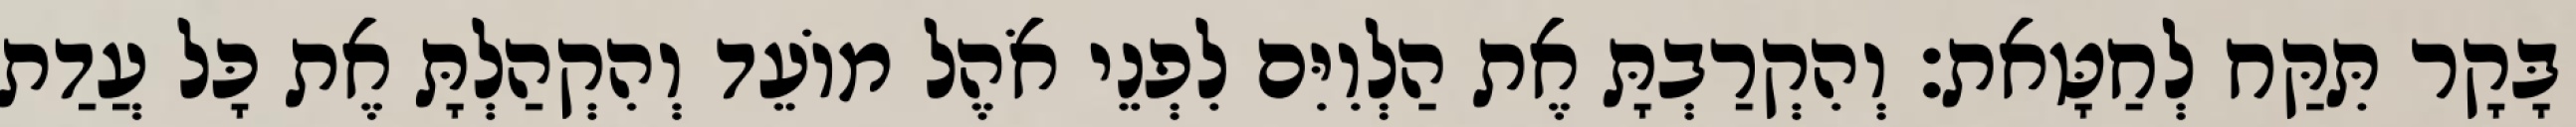
בָּקָר תִּקַּח לְחַטָּאת׃ וְהִקְרַבְתָּ אֶת הַלְוִיִּם לִפְנֵי אֹהֶל מוֹעֵד וְהִקְהַלְתָּ אֶת כָּל עֲדַת